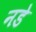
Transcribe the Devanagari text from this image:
नडे